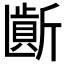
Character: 𱡮